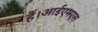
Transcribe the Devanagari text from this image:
हैं।आईएमएस